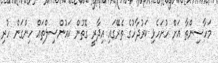
މަހާސިންތާ އަށް ހުށަހެޅި ކަރުދާހުގެ ތެރޭގައި އިދާރީ ގޮތުން ކައުންސިލްތައް ހިންގަން ހުރި